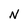
Character: N